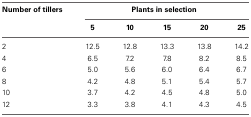
<table><thead><tr><td><b>Number of tillers</b></td><td colspan="5"><b>Plants in selection</b></td></tr><tr><td></td><td><b>5</b></td><td><b>10</b></td><td><b>15</b></td><td><b>20</b></td><td><b>25</b></td></tr></thead><tbody><tr><td>2</td><td>12.5</td><td>12.8</td><td>13.3</td><td>13.8</td><td>14.2</td></tr><tr><td>4</td><td>6.5</td><td>7.2</td><td>7.8</td><td>8.2</td><td>8.5</td></tr><tr><td>6</td><td>5.0</td><td>5.6</td><td>6.0</td><td>6.4</td><td>6.7</td></tr><tr><td>8</td><td>4.2</td><td>4.8</td><td>5.1</td><td>5.4</td><td>5.7</td></tr><tr><td>10</td><td>3.7</td><td>4.2</td><td>4.5</td><td>4.8</td><td>5.0</td></tr><tr><td>12</td><td>3.3</td><td>3.8</td><td>4.1</td><td>4.3</td><td>4.5</td></tr></tbody></table>